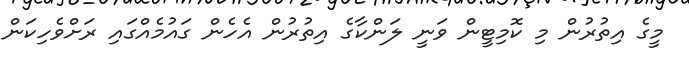
މީގެ އިތުރުން މި ކޮމިޓީން ވަނީ ލަންކާގެ އިތުރުން އެހެން ގައުމެއްގައި ރަށްވެހިކަން